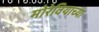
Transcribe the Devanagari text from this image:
मोरेवियाच्या